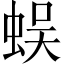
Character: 蜈